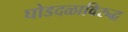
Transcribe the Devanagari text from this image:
घोडदळाविरुद्ध